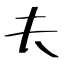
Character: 夫